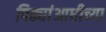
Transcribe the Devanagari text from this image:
पिढ्यांआधीच्या